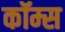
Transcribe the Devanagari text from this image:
कॉम्स